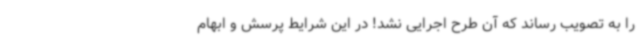
را به تصویب رساند که آن طرح اجرایی نشد! در این شرایط پرسش و ابهام